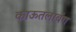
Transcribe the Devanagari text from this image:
काऊतलाबंग